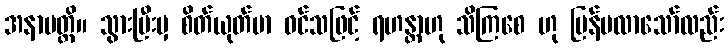
အနာပတ္တိ။ သွားပြီးမှ စိတ်ယုတ်မာ ဝင်သဖြင့် ရဟန္တာဟု သိကြစေ ဟု ပြန်မလာသော်လည်း